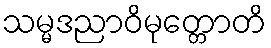
သမ္မဒညာဝိမုတ္တောတိ